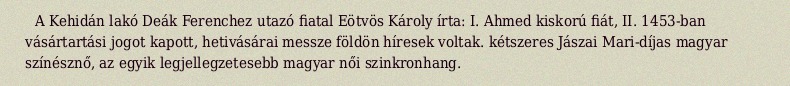
A Kehidán lakó Deák Ferenchez utazó fiatal Eötvös Károly írta: I. Ahmed kiskorú fiát, II. 1453-ban vásártartási jogot kapott, hetivásárai messze földön híresek voltak. kétszeres Jászai Mari-díjas magyar színésznő, az egyik legjellegzetesebb magyar női szinkronhang.